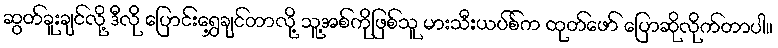
ဆွတ်ခူးချင်လို့ ဒီလို ပြောင်းရွှေ့ချင်တာလို့ သူ့အစ်ကိုဖြစ်သူ မားသီးယပ်စ်က ထုတ်ဖော် ပြောဆိုလိုက်တာပါ။